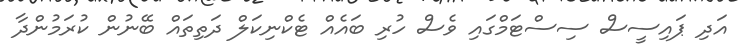
އަދި ޕައިސީސް ސިސްޓަމްގައި ވެސް ހުރި ބައެއް ޓެކްނިކަލް ދަތިތައް ބޭނުން ކުރަމުންދާ